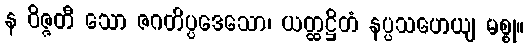
န ဝိဇ္ဇတီ သော ဇဂတိပ္ပဒေသော၊ ယတ္ထဋ္ဌိတံ နပ္ပသဟေယျ မစ္စု။